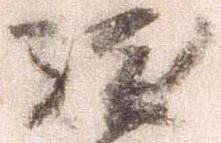
駿